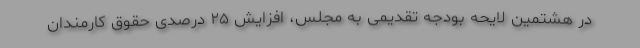
در هشتمین لایحه بودجه تقدیمی به مجلس، افزایش ۲۵ درصدی حقوق کارمندان